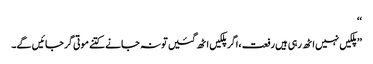
‘‘
’’پلکیں نہیں اٹھ رہی ہیں رفعت ،اگر پلکیں اٹھ گئیں تو نہ جانے کتنے موتی گر جائیں گے۔